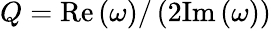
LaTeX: Q=\mathrm{Re}\left(\omega\right)/\left(2\mathrm{Im}\left(\omega\right)\right)